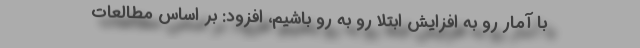
با آمار رو به افزایش ابتلا رو به رو باشیم، افزود: بر اساس مطالعات